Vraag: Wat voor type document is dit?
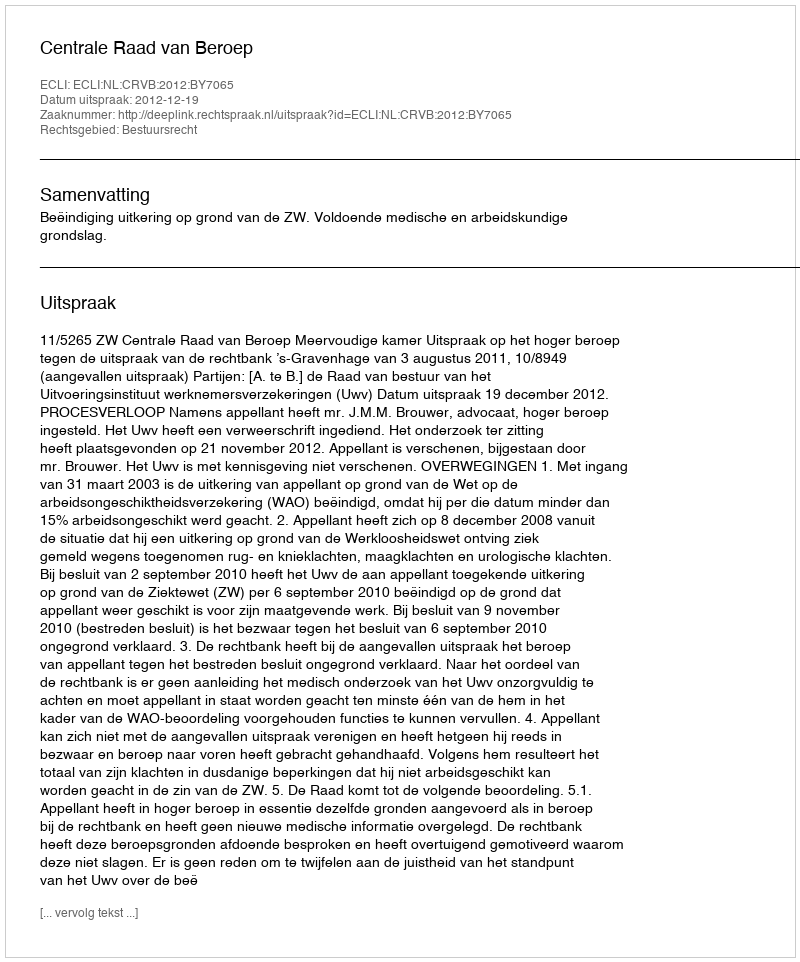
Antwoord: Uitspraak